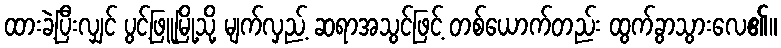
ထားခဲ့ပြီးလျှင် ပွင့်ဖြူမြို့သို့ မျက်လှည့် ဆရာအသွင်ဖြင့် တစ်ယောက်တည်း ထွက်ခွာသွားလေ၏။